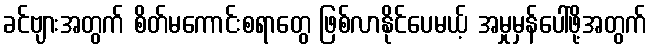
ခင်ဗျားအတွက် စိတ်မကောင်းစရာတွေ ဖြစ်လာနိုင်ပေမယ့် အမှုမှန်ပေါ်ဖို့အတွက်